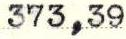
373,39